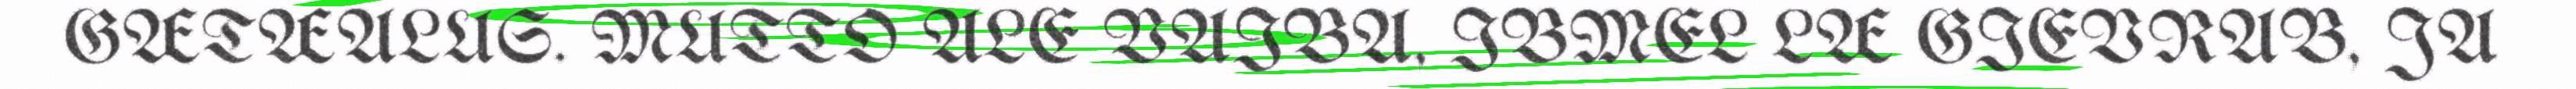
GÆTÆALUS. MUTTO ALE VAIBA, IBMEL LÆ GIEVRAB, JA